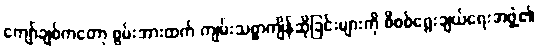
ကျော်ချစ်ကတော့ စွမ်းအားထက် ကျမ်းသစ္စာကျိန်ဆိုခြင်းများကို စိစစ်ရွေးချယ်ရေးအဖွဲ့၏